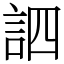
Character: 訵